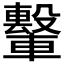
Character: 𫐁